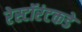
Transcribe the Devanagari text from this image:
रेस्टॉरंटकडे